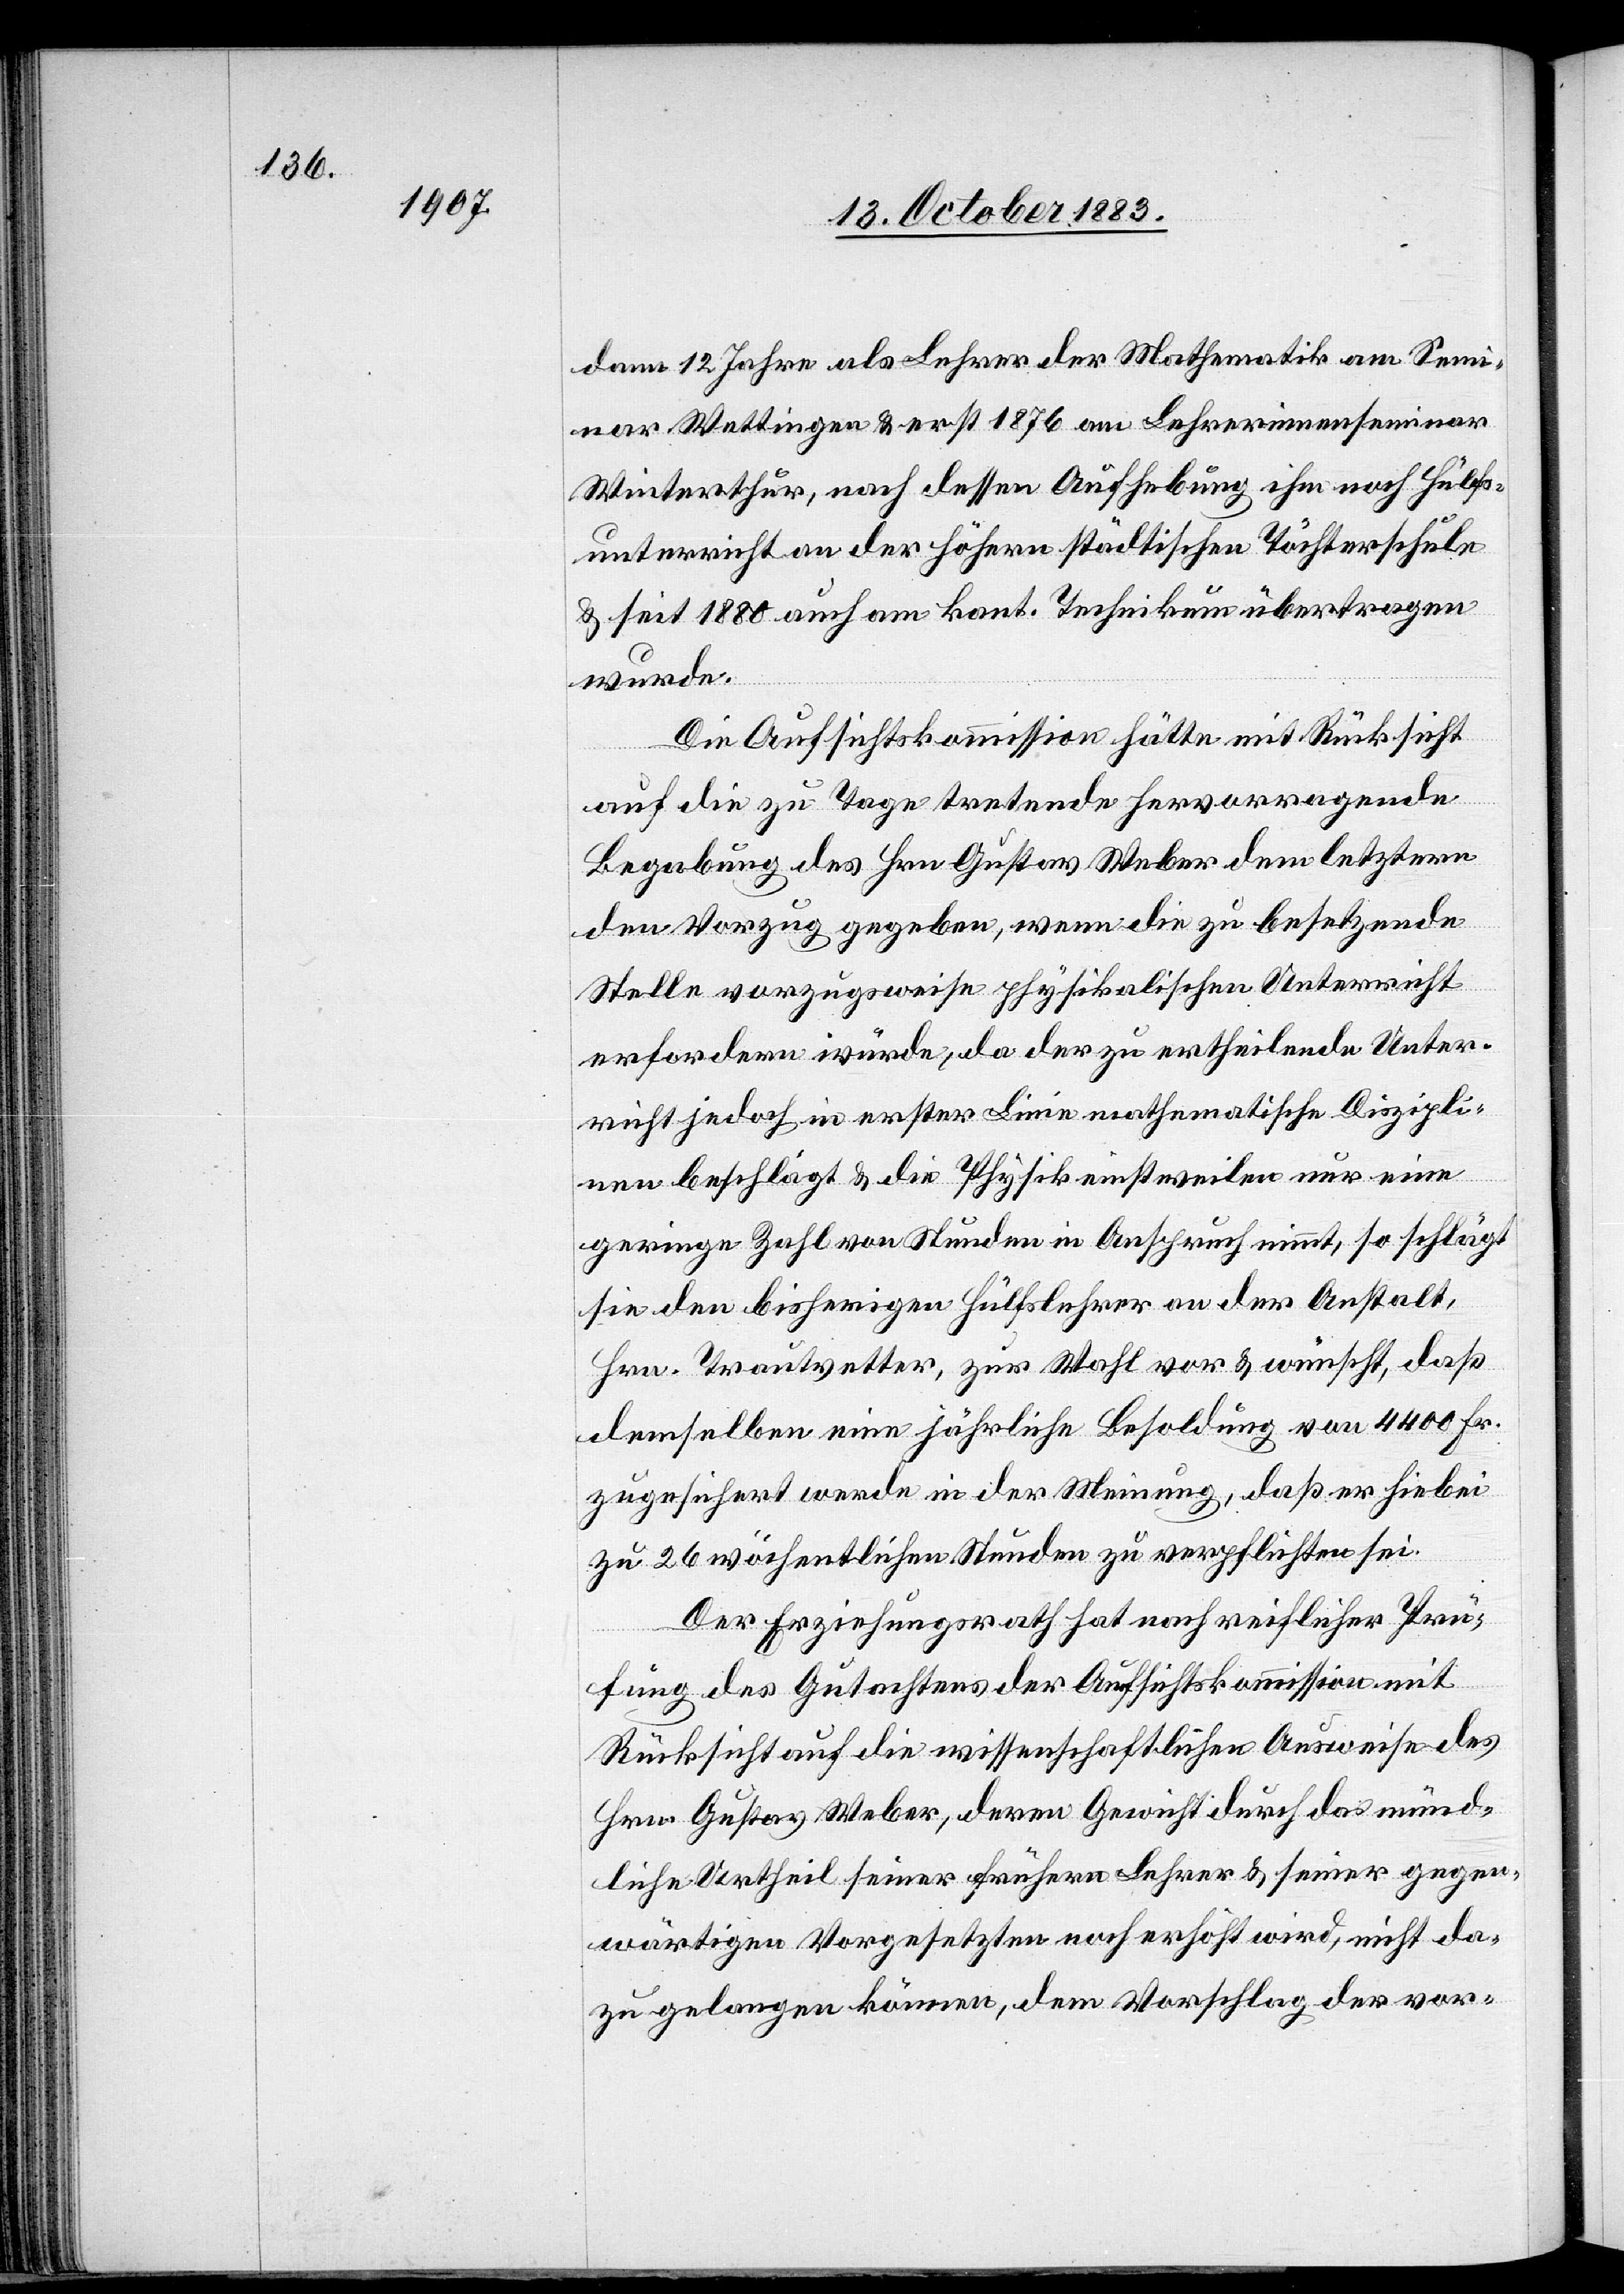
dann 12 Jahre als Lehrer der Mathematik am Semi¬
nar Wettingen & erst 1876 am Lehrerinnenseminar
Winterthur, nach dessen Aufhebung ihm noch Hülfs¬
unterricht an der höhern städtischen Töchterschule
& seit 1880 auch am kant. Technikum übertragen
wurde.
Die Aufsichtskommission hätte mit Rücksicht
auf die zu Tage tretende hervorragende
Begabung des Hrn. Gustav Weber dem letztern
den Vorzug gegeben, wenn die zu besetzende
Stelle vorzugsweise physikalischen Unterricht
erfordern würde, da der zu ertheilende Unter¬
richt jedoch in erster Linie mathematische Diszipli¬
nen beschlägt & die Physik einstweilen nur eine
geringe Zahl von Stunden in Anspruch nimmt, so schlägt
sie den bisherigen Hülfslehrer an der Anstalt,
Hrn. Trautvetter, zur Wahl vor & wünscht, daß
demselben eine jährliche Besoldung von 4400 Fr.
zugesichert werde in der Meinung, daß er hiebei
zu 26 wöchentlichen Stunden zu verpflichten sei.
Der Erziehungsrath hat nach reiflicher Prü¬
fung des Gutachtes der Aufsichtskommission mit
Rücksicht auf die wissenschaftlichen Ausweise des
Hrn. Gustav Weber, deren Gewicht durch das münd¬
liche Urtheil seiner frühern Lehrer & seiner gegen¬
wärtigen Vorgesetzten noch erhöht wird, nicht da¬
zu gelangen können, dem Vorschlag der vor-